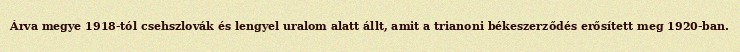
Árva megye 1918-tól csehszlovák és lengyel uralom alatt állt, amit a trianoni békeszerződés erősített meg 1920-ban.